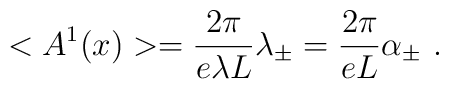
<A^1(x)>=\frac{2\pi}{e\lambda L}\lambda_\pm=\frac{2\pi}{eL}\alpha_\pm\ .